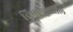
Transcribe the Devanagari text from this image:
विषाणूवरील